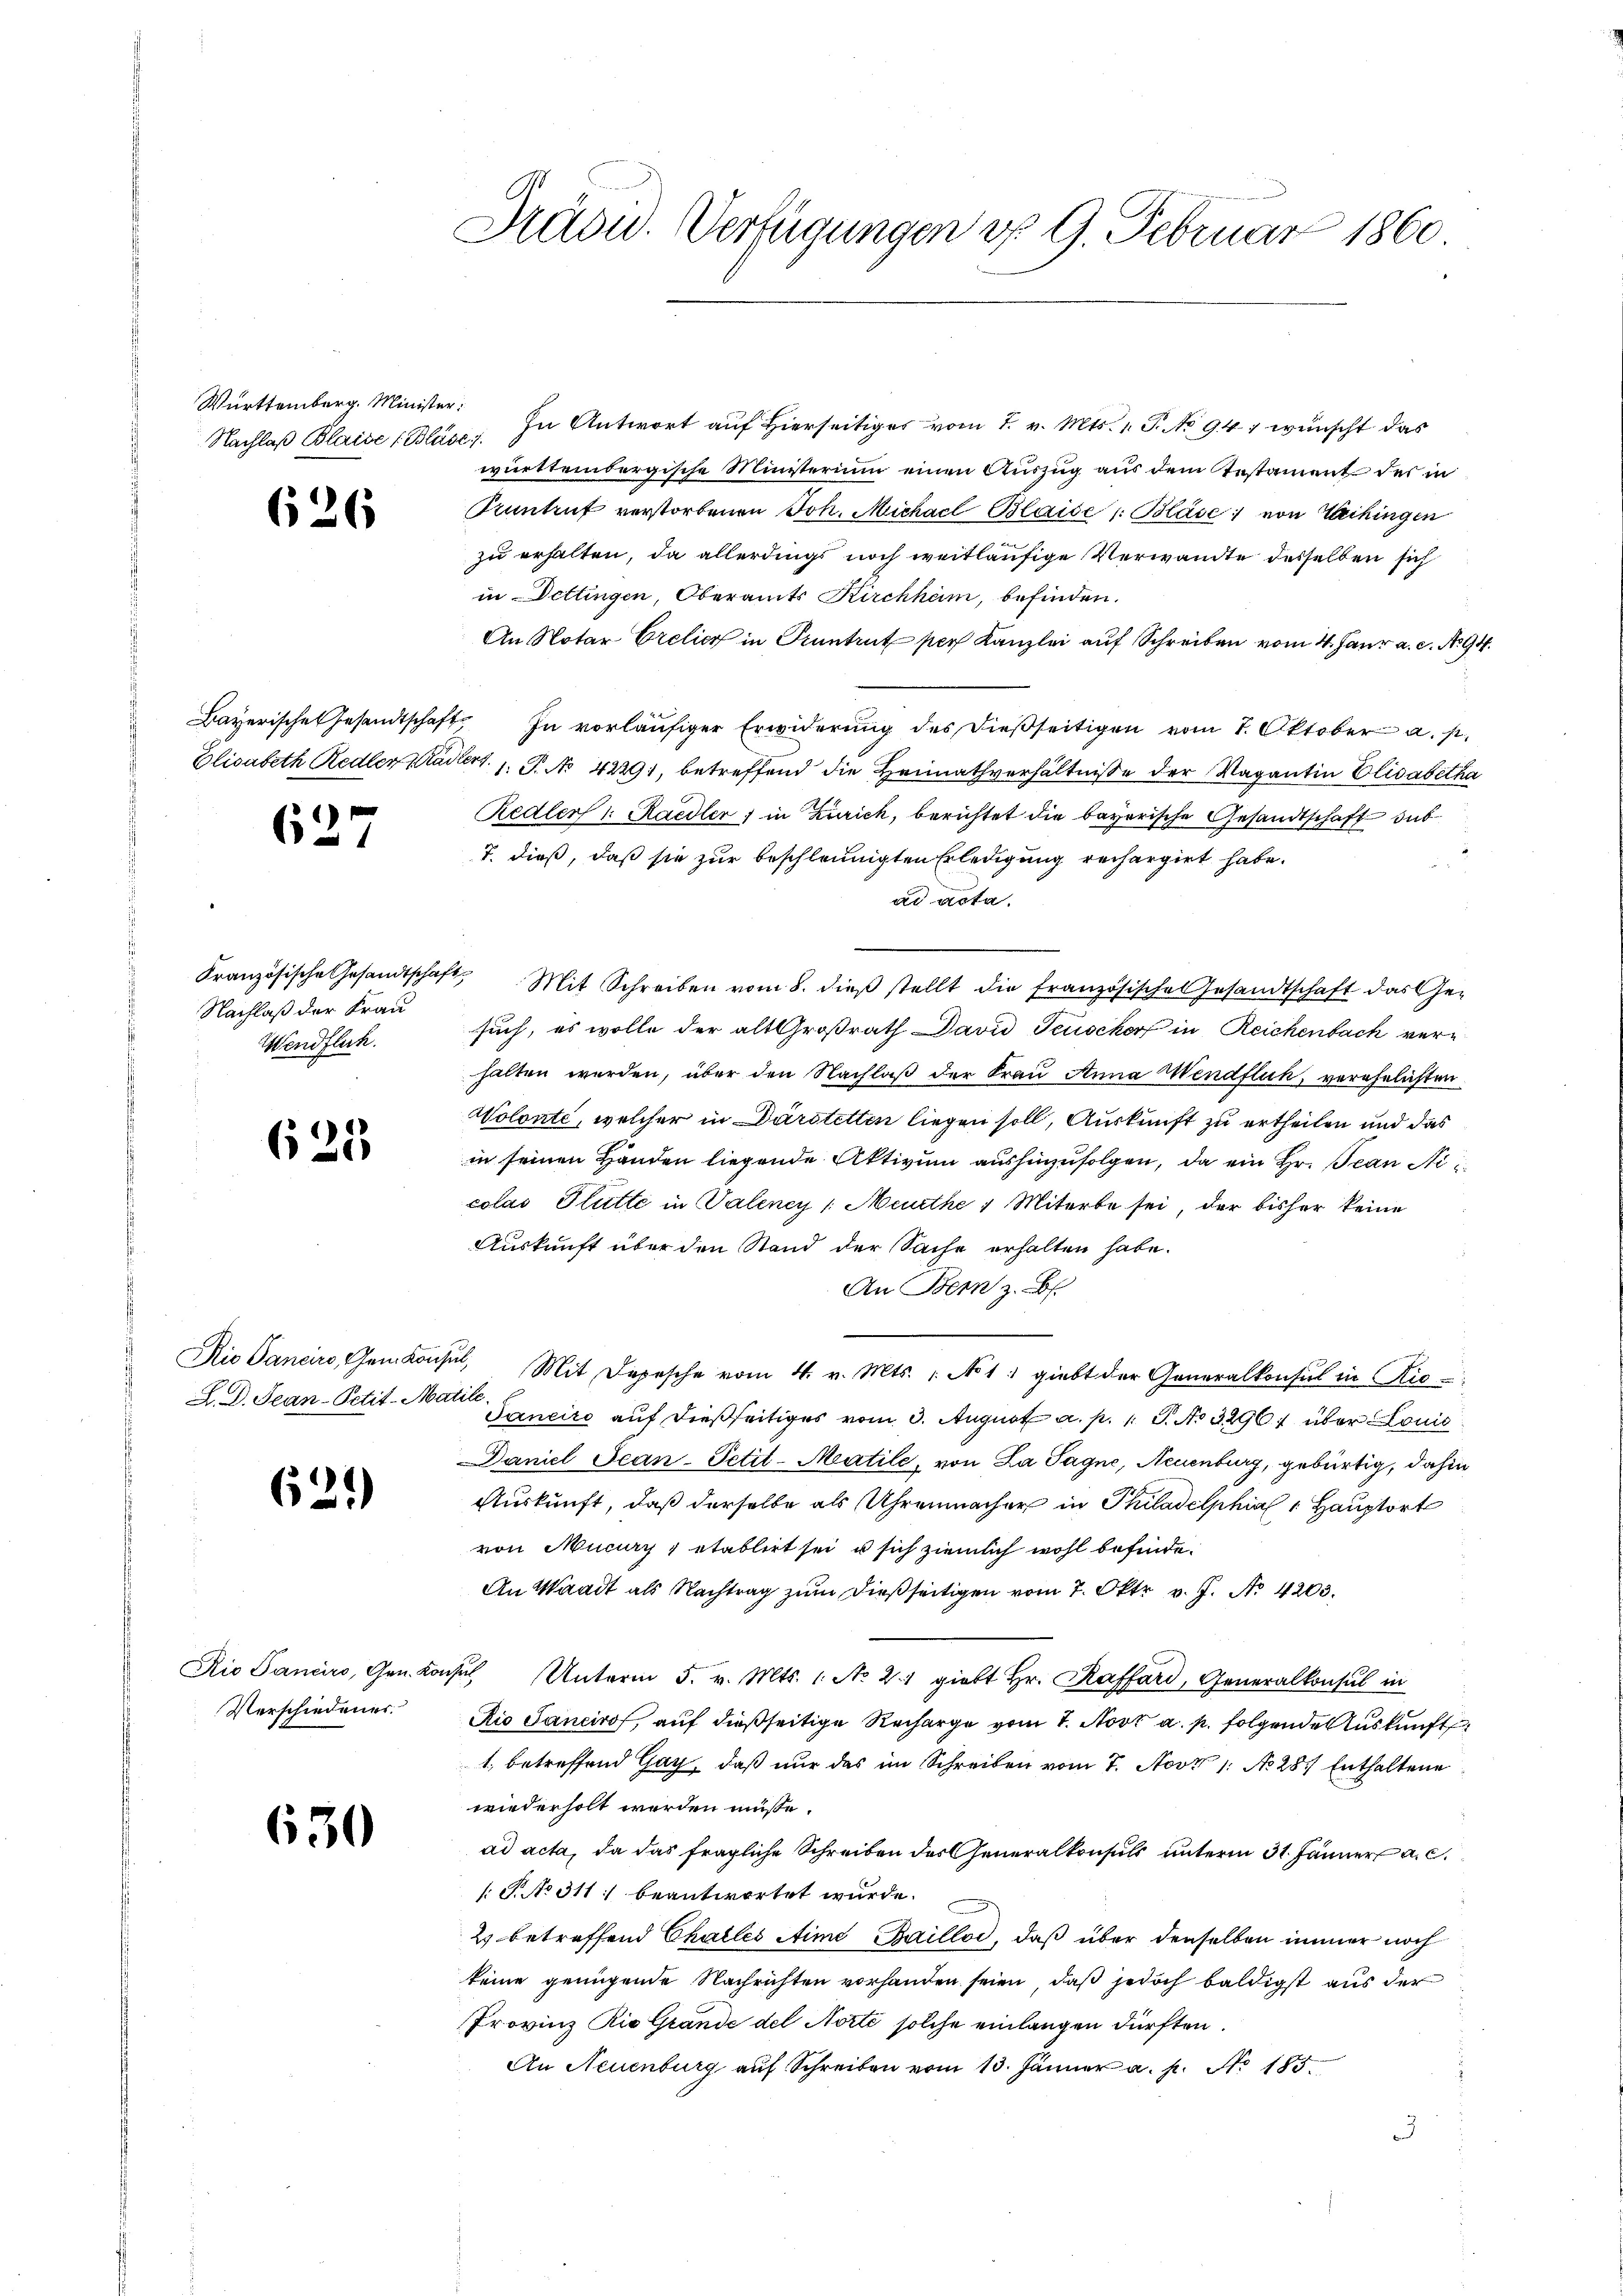
Württemberg. Minister:

626

627

Nachlaß der Frau
Wendflich.

623

Rio Sancino, Gen. Konz
L. D. Jean-Petit-Mi

621)

Rio Pancirs, Gen. Kor
Verschiedener.

630

Präsid. Verfügungen d. 9. Februar 1860.

Nachlaβ Blaise (Bläser. In Antwort auf hierseitiges vom 7. v. Mts. 1. P. No. 94. wünscht das
württembergische Ministerium einen Auszug aus dem Gestament des in
Pruntruf verstorbenen Joh. Michael Blaide s. Blase von Wechingen
zu erhalten, da allerdings noch weitläufige Verwandte desselben sich
in Dettingen, Oberamts Kirchhöm, befinden.
An Notar Crelier in Pruntrut per Kanzlei auf Schreiben vom 4. Jaur a. c. No. 94.
Bayerische Gesandtschaft. In vorläufiger Erwiderung des dießseitigen vom 7. Oktober a. p.
Elisabeth Redler Stadtert. 1. P. No 42291, betreffend die Heimathverhältnisse der Vagantin Elisabetha
Redler 1 Raedler, in Zürich, berichtet die bayerische Gesandtschaft dab
T. dieß, daß sie zur beschleunigten Erledigung rechargirt habe.
ad acta.
Französische Gesandtschaft Mit Schreiben vom 8. dieβ stellt die französische Gesandtschaft das Ge-
such, es wolle der alt Großrath David Teusckorf in Reichenbach verhalten werden, über den Nachlaß der Frau Anna Wendtlich, verehelichten
Wolonte, welcher in Darstetten liegen soll, Auskunft zu ertheilen und das
in seinen Händen liegende Aktivum aushinzufolgen, da ein Hr. Jean Nicolas Glütte in Valeney /: Meurthe 1 Miterbe sei, der bisher keine
Auskunft über den Stand der Sache erhalten habe.
An Bem z. B.
sul. Mit Depesche vom 4. v. Mts. : No 1, giebt der Generalkonsul in Ric
Will
Janeiro auf dießseitiges vom 3. August a. p. 1. P. No 32967 über Louis
Daniel Scan-Petit-Matile, von La Sagne, Neuenburg, gebürtig, dahin
Auskunft, daß derselbe als Uhrenmacher in Philadelphia Hauptort
von Mucary etablirt sei, u sich ziemlich wohl befinde.
An Waadt als Nachtrag zum dießseitigen vom 7. Oktr. v. J. No. 4203.
hul Unterm 5. v. Mts. 1. No 2.1 giebt Hr. Raffard, Generalkonsul in
Rio Sancirof, auf dießseitige Recharge vom 1. Novt a. p. folgende Auskunft
1. betreffend Gay, daß nur das im Schreiben vom 7. Nov. 1. No 28. Enthaltene
wiederholt werden müsse.
ad acta, da das fragliche Schreiben des Generalkonsuls unterm 31. Jänner a. c.
[T. No. 311. beantwortet wurde.
2) betreffend Challes Stime Bailloi, daß über denselben immer noch
keine genügende Nachrichten vorhanden seien, daß jedoch baldigst aus der
Provinz Rio Grande del Norte solche einlangen dürften.
An Neuenburg auf Schreiben vom 13. Jänner a. p. No. 185.
3